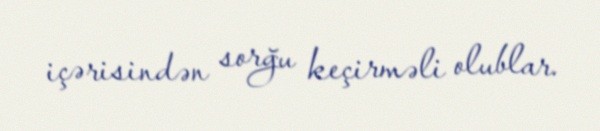
içərisindən sorğu keçirməli olublar.